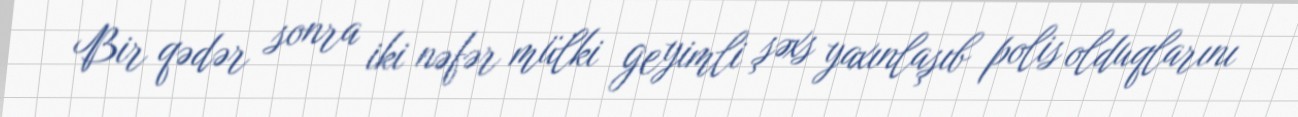
Bir qədər sonra iki nəfər mülki geyimli şəxs yaxınlaşıb polis olduqlarını